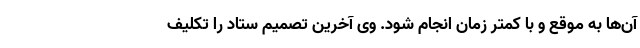
آن‌ها به موقع و با کمتر زمان انجام شود. وی آخرین تصمیم ستاد را تکلیف